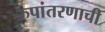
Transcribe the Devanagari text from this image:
रुपांतरणाची